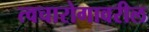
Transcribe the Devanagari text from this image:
त्वचारोगावरील